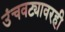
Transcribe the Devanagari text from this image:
उंचवट्यावरही